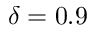
\delta = 0 . 9